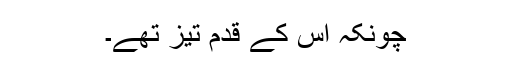
چونکہ اس کے قدم تیز تھے۔